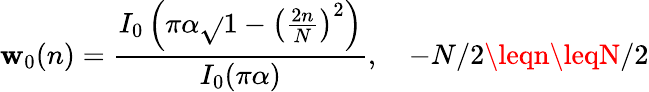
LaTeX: \mathbf{w}_{0}(n)={\frac{{I_{0}\left(\pi\alpha{\sqrt{}{{1-\left({\frac{{2n}}{{N}}}\right)^{2}}}}\right)}}{{I_{0}(\pi\alpha)}}},\quad-N/2\leqn\leqN/2